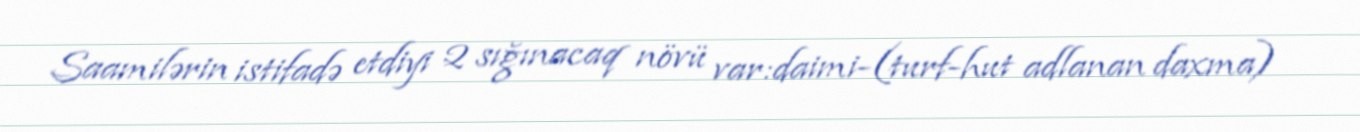
Saamilərin istifadə etdiyi 2 sığınacaq növü var:daimi-(turf-hut adlanan daxma)